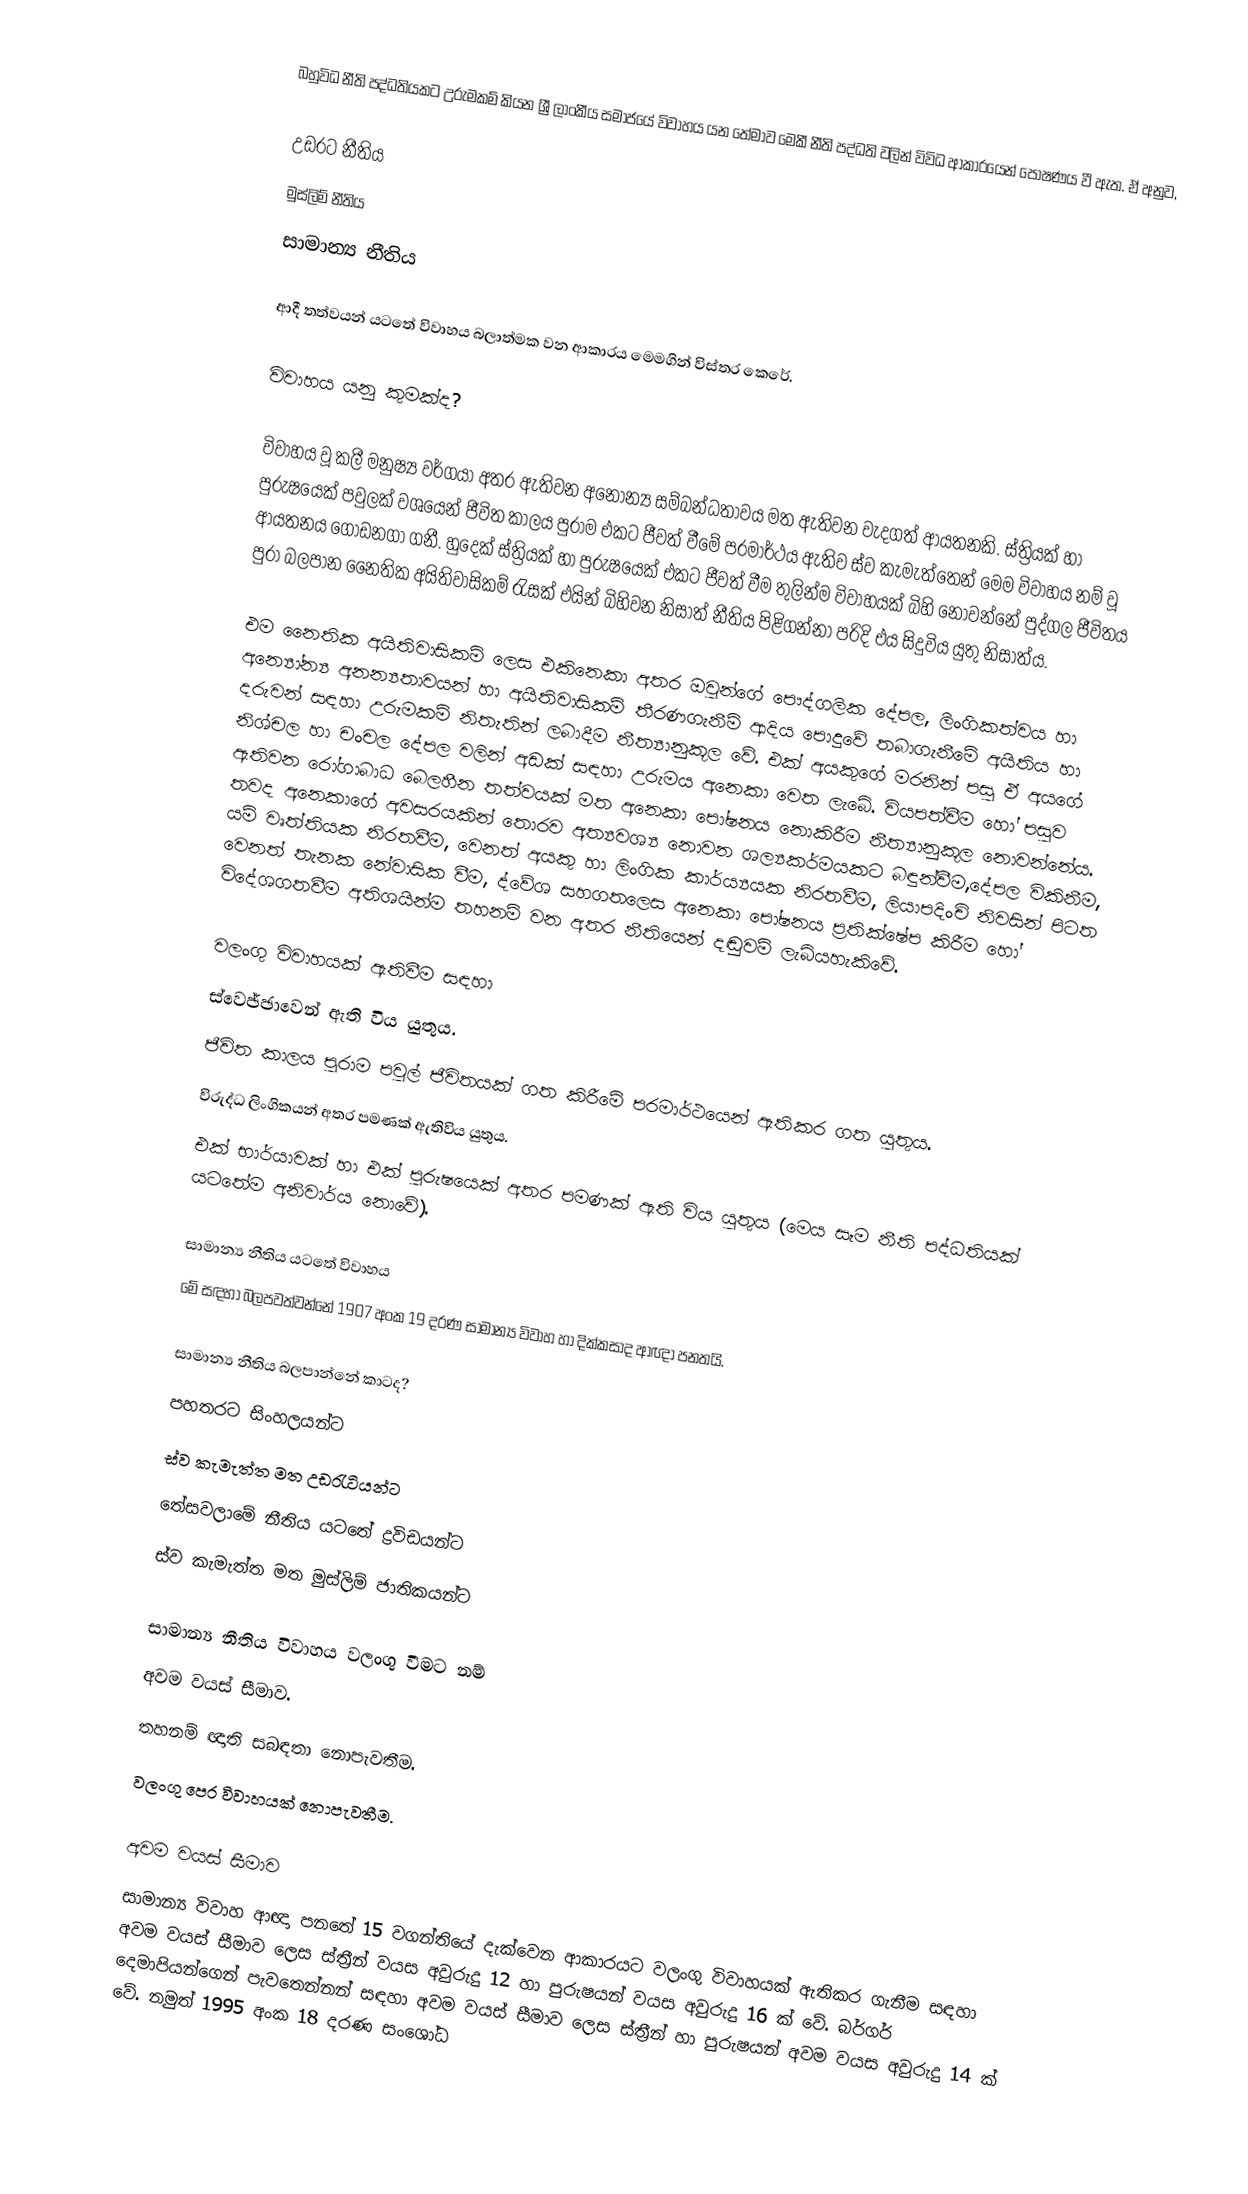
බහුවිධ නීති පද්ධතියකට උරුමකම් කියන ශ්‍රී ලාංකීය සමාජයේ විවාහය යන‍ ‍තේමාව මෙකී නීති පද්ධති වලින් විවිධ ආකාර‍යෙන් පෝෂණය වී ඇත. ඒ අනුව,

 උඩරට නීතිය
 මුස්ලිම් නීතිය
 සාමාන්‍ය නීතිය

ආදී තත්වයන් යටතේ විවාහය බලාත්මක වන ආකාරය මෙමගින් විස්තර ‍කෙරේ.

විවාහය යනු කුමක්ද?

විවාහය වූ කලී මනුෂ්‍ය වර්ගයා අතර ඇතිවන අනෝන්‍ය සම්බන්ධතාවය මත ඇතිවන වැදගත් ආයතනකි. ස්ත්‍රියක් හා පුරුෂයෙක් පවුලක් වශයෙන් ජීවිත කාලය පුරාම එකට ජීවත් වීමේ පරමාර්ථය ඇතිව ස්ව කැමැත්තෙන් මෙම විවාහය නම් වූ ආයතනය ගොඩනගා ගනී. හුදෙක් ස්ත්‍රියක් හා පුරුෂයෙක් එකට ජීවත් වීම තුලින්ම විවාහයක් බිහි නොවන්නේ පුද්ගල ජීවිතය පුරා බලපාන නෛතික අයිතිවාසිකම් රැසක් එයින් බිහිවන නිසාත් නීතිය පිළිගන්නා පරිදි එය සිදුවිය යුතු නිසාත්ය.

එම නෛතික අයිතිවාසිකම් ලෙස එකිනෙකා අතර ඔවුන්ගේ පෞද්ගලික දේපල, ලිංගිකත්වය හා අන්‍යෝන්‍ය අනන්‍යතාවයන් හා අයිතිවාසිකම් තීරණගැනීම් ආදිය පොදුවේ තබාගැනීමේ අයිතිය හා දරුවන් සඳහා උරුමකම් නිතැතින් ලබාදීම නීත්‍යානුකූල වේ. එක් අයකුගේ මරනින් පසු ඒ අයගේ නිශ්චල හා චංචල දේපල වලින් අඩක් සඳහා උරුමය අනෙකා වෙත ලැබේ. වියපත්වීම හෝ පසුව ඇතිවන රෝගාබාධ බෙලහීන තත්වයක් මත අනෙකා පෝෂනය නොකිරීම නීත්‍යානුකූල නොවන්නේය. තවද අනෙකාගේ අවසරයකින් තොරව අත්‍යවශ්‍ය නොවන ශල්‍යකර්මයකට බඳුන්වීම,දේපල විකිනීම, යම් වෘත්තියක නිරතවීම, වෙනත් අයකු හා ලිංගික කාර්ය්‍යයක නිරතවීම, ලියාපදිංචි නිවසින් පිටත වෙනත් තැනක නේවාසික වීම, ද්වේශ සහගතලෙස අනෙකා පෝෂනය ප්‍රතික්ෂේප කිරීම හෝ විදේශගතවීම අතිශයින්ම තහනම් වන අතර නීතියෙන් දඬුවම් ලැබියහැකිවේ.

වලංගු විවාහයක් ඇතිවීම සඳහා
 ස්වෙඡ්ඡාවෙන් ඇති විය යුතුය.
 ජීවිත කාලය පුරාම පවුල් ජීවිතයක් ගත කිරීමේ පරමාර්ථයෙන් ඇතිකර ගත යුතුය.
 විරුද්ධ ලිංගිකයන් අතර පමණක් ඇතිවිය යුතුය.
 එක් භාර්යාවක් හා එක් පුරුෂයෙක් අතර පමණක් ඇති විය යුතුය (මෙය සෑම නීති පද්ධතියක් යටතේම අනිවාර්ය නොවේ).

සාමාන්‍ය නීතිය යටතේ විවාහය
මේ සඳහා බලපවත්වන්නේ 1907 අංක 19 දරණ සාමාන්‍ය විවාහ හා දික්කසාද ආඥා පනතයි.

සාමාන්‍ය නීතිය බලපාන්නේ කාටද?
 පහතරට සිංහලයන්ට
 ස්ව කැමැත්ත මත උඩරැටියන්ට
 තේසවලාමේ නීතිය යටතේ ද්‍රවිඩයන්ට
 ස්ව කැමැත්ත මත මුස්ලිම් ජාතිකයන්ට

සාමාන්‍ය නීතිය විවාහය වලංගු වීමට නම්
 අවම වයස් සීමාව.
 තහනම් ඥාති සබඳතා නොපැවතීම.
 වලංගු පෙර විවාහයක් නොපැවතීම.

අවම වයස් සීමාව
සාමාන්‍ය විවාහ ආඥා පනතේ 15 වගන්තියේ දැක්වෙන ආකාරයට වලංගු විවාහයක් ඇතිකර ගැනීම සඳහා අවම වයස්  සීමාව ලෙස ස්ත්‍රීන් වයස අවුරුදු 12 හා පුරුෂයන් වයස අවුරුදු 16 ක් වේ. බර්ගර් දෙමාපියන්ගෙන් පැවතෙන්නන් සඳහා අවම වයස්  සීමාව ලෙස ස්ත්‍රීන් හා පුරුෂයන් අවම වයස අවුරුදු 14 ක් වේ. නමුත් 1995 අංක 18 දරණ සංශෝධ